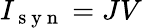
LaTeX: I_{\mathrm{~s~y~n~}}=JV